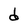
Character: d